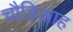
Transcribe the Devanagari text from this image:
चौडिआह